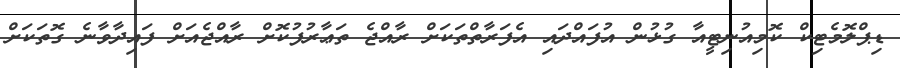
ޑިޕްލޮމެޓިކް ކޮމިއުނިޓީއާ ގުޅުން އުފައްދައި އެފަރާތްތަކަށް ރާއްޖެ ތަޢާރުފުކޮށް ރާއްޖެއަށް ފައިދާވާނެ ގޮތަކަށް